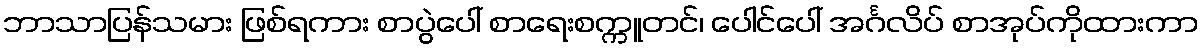
ဘာသာပြန်သမား ဖြစ်ရကား စာပွဲပေါ် စာရေးစက္ကူတင်၊ ပေါင်ပေါ် အင်္ဂလိပ် စာအုပ်ကိုထားကာ